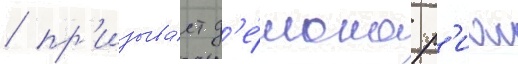
/ пр'изыва́ет д'е́мона р'иас